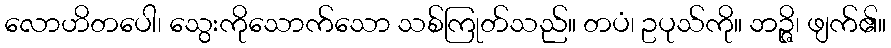
လောဟိတပေါ၊ သွေးကိုသောက်သော သစ်ကြုတ်သည်။ တပံ၊ ဥပုသ်ကို။ ဘဉ္ဇိ၊ ဖျက်၏။